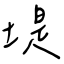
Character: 堤